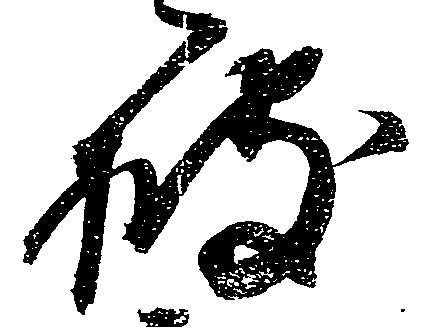
披